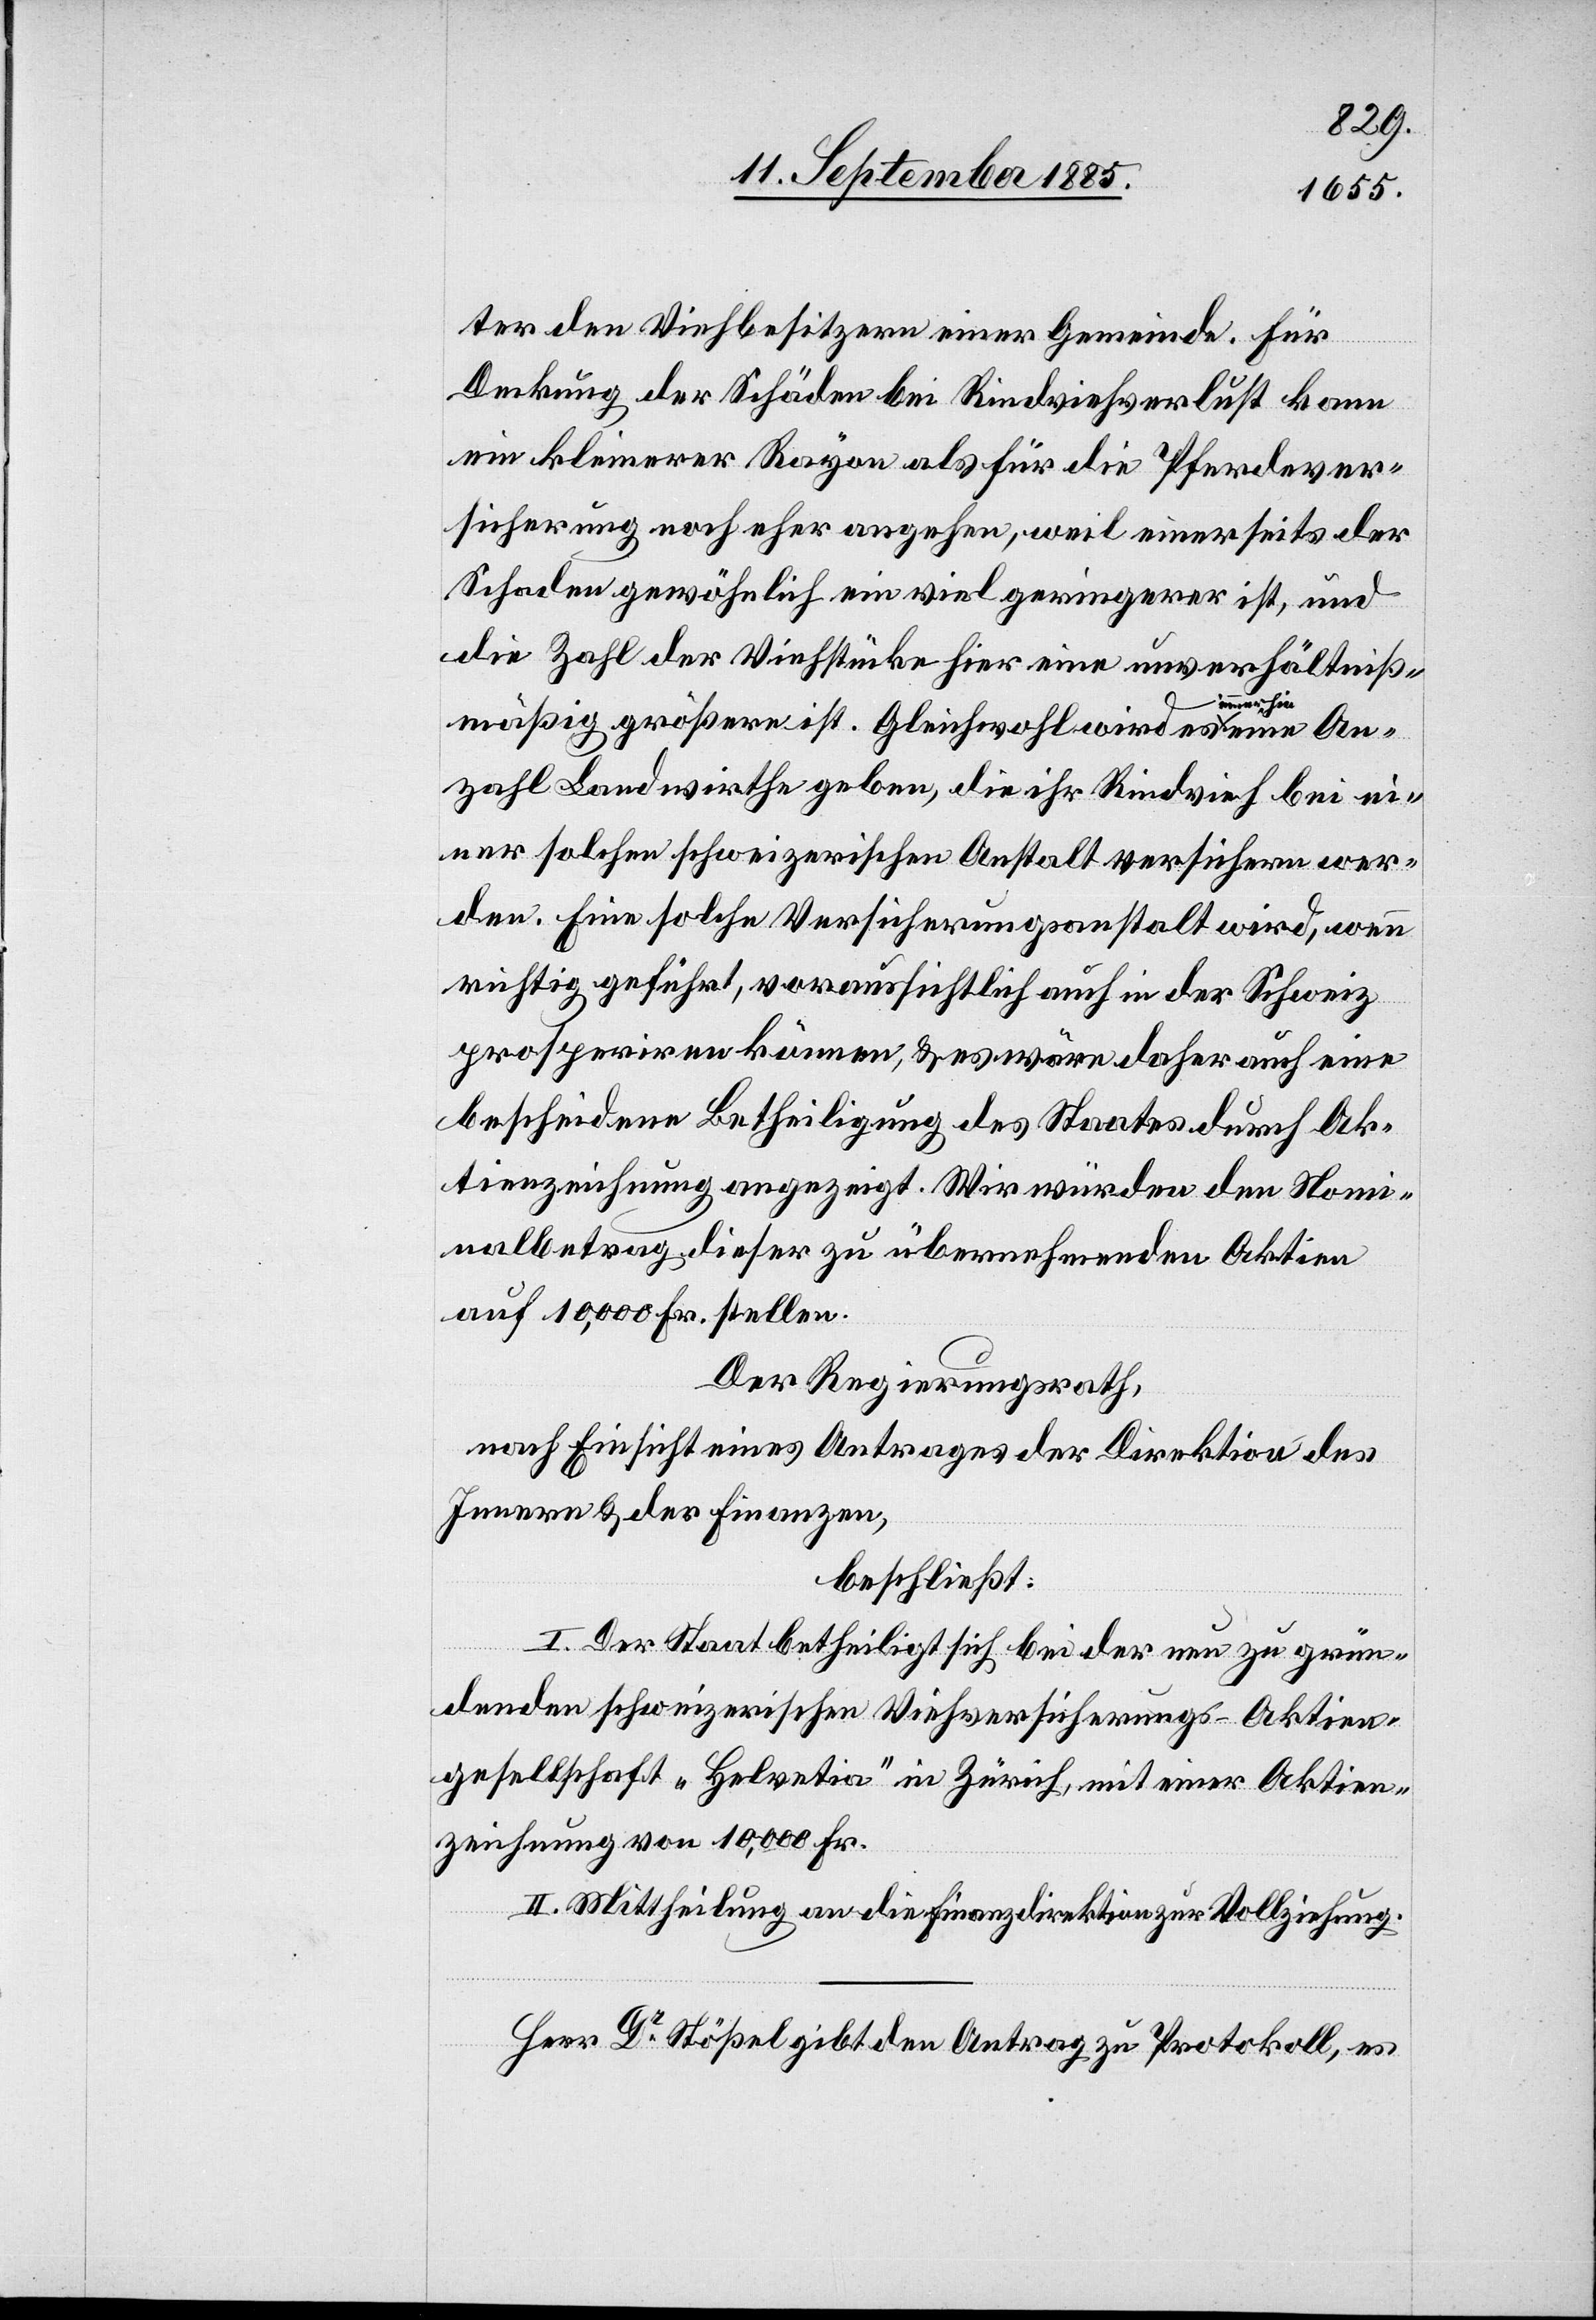
ter den Viehbesitzern einer Gemeinde. Für
Deckung der Schäden bei Rindviehverlust kann
ein kleinerer Rayon als für die Pferdever¬
sicherung noch eher angehen, weil einerseits der
Schaden gewöhnlich ein viel geringerer ist, und
die Zahl der Viehstücke hier eine unverhältniß¬
An¬
mäßig größere ist. Gleichwohl wird es a-immer¬
zahl Landwirthe geben, die ihr Rindvieh bei ei¬
ner solchen schweizerischen Anstalt versichern wer¬
den. Eine solche Versicherungsanstalt wird, wenn
richtig geführt, voraussichtlich auch in der Schweiz
prosperiren können, & es wäre daher auch eine
bescheidene Betheiligung des Staates durch Ak¬
tienzeichnung angezeigt. Wir würden den Nomi¬
nalbetrag dieser zu übernehmenden Aktien
auf 10,000 Fr. stellen.
Der Regierungsrath,
nach Einsicht eins Antrages der Direktion des
Innern & der Finanzen,
beschließt:
I. Der Staat betheiligt sich bei der neu zu grün¬
denden schweizerischen Viehversicherungs-Aktien¬
gesellschaft „Helvetia“ in Zürich, mit einer Aktien¬
zeichnung von 10,000 Fr.
II. Mittheilung an die Finanzdirektion zur Vollziehung.
Herr Dr Stößel gibt den Antrag zu Protokoll, es